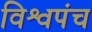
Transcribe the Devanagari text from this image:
विश्वपंच